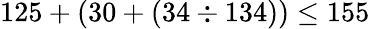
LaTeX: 125+(30+(34\div 134))\leq 155